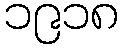
၁၉၁၈